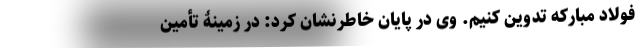
فولاد مبارکه تدوین کنیم. وی در پایان خاطرنشان کرد: در زمینۀ تأمین